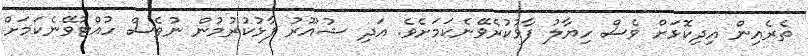
ތެރެއިން އިދިކޮޅަށް ވެސް ހިޔާލު ފާޅުކުރެވޭނެކަމަށެވެ. އަދި ޝުއޫރު ފާޅުކުރުމުން ނުވެސް ހުއްޓުވޭނެކަމަށް